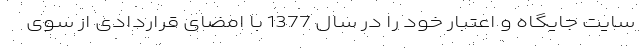
سایت جایگاه و اعتبار خود را در سال 1377 با امضای قراردادی از سوی